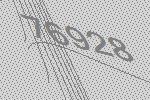
76928